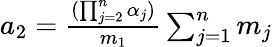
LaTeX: \begin{array}{r}{a_{2}=\frac{(\prod_{j=2}^{n}\alpha_{j})}{m_{1}}\sum_{j=1}^{n}m_{j}}\end{array}